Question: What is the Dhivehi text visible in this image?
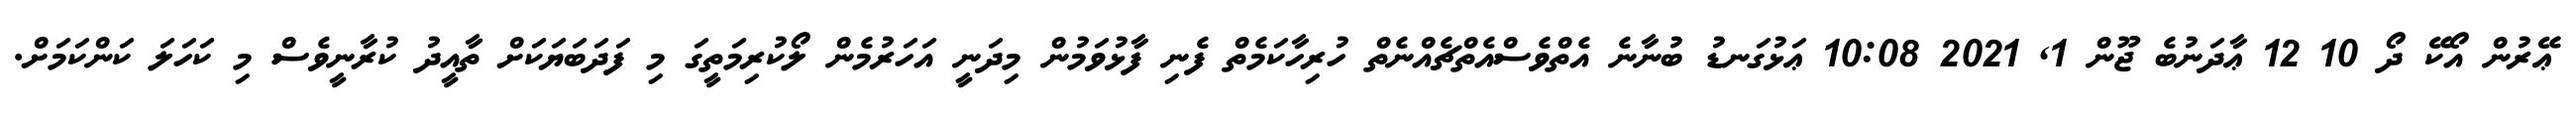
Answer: ޢޭރުން އޯކޭ ދޯ 10 12 ޢާދަނުބެ ޖޫން 1, 2021 10:08 ޢަޅުގަނޑު ބުނާނެ އެތްވެސްއެތްޗެއްނެތް ހުރިހާކަމެތް ފެނި ފާޅުވަމުން މިދަނީ އަހަރުމެން ލޯކުރިމަތީގަ މި ފަދަބަޔަކަށް ތާއީދު ކުރާނީވެސް މި ކަހަލަ ކަންކަމަށް.